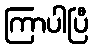
ကြာပါပြီ